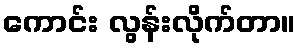
ကောင်း လွန်းလိုက်တာ။